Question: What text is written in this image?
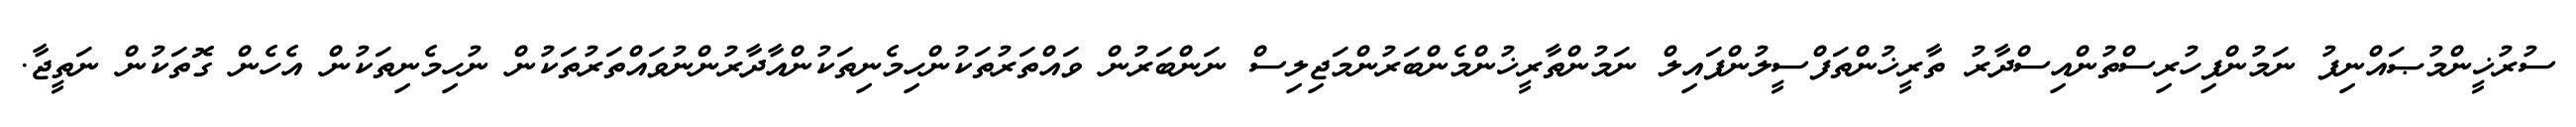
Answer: ސުރުޚީންމުޞައްނިފު ނަމުންފިހުރިސްތުންއިސްދާރު ތާރީޚުންތަފްސީލުންފައިލް ނަމުންތާރީޚުންމެންބަރުންމަޖިލިސް ނަންބަރުން ވައްތަރުތަކުންހިމެނިތަކުންއާދާރުންނުވައްތަރުތަކުން ނުހިމެނިތަކުން އެހެން ގޮތަކުން ނަތީޖާ.